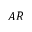
A R